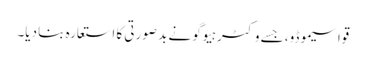
قواسیموڈو، جسے وکٹر ہیوگو نے بد صورتی کا استعارہ بنا دیا۔